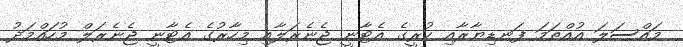
މައްސަލަ އުއްތަމަ ފަނޑިޔާރާއި ކުރީގެ އެޓާނީ ޖެނެރަލާއި މިހާރުގެ އެޓާނީ ޖެނެރަލް މުހައްމަދު